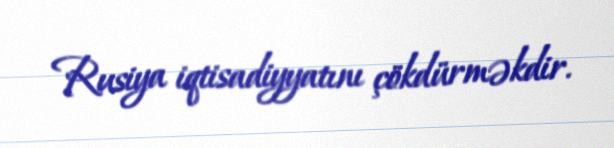
Rusiya iqtisadiyyatını çökdürməkdir.